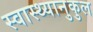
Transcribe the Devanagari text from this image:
स्वास्थ्यानुकुल